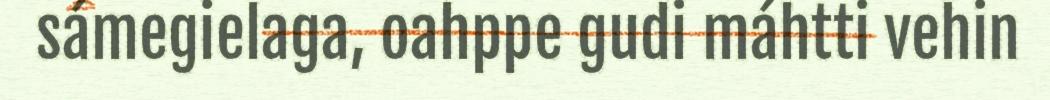
sámegielaga, oahppe gudi máhtti vehin